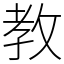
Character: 教